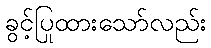
ခွင့်ပြုထားသော်လည်း